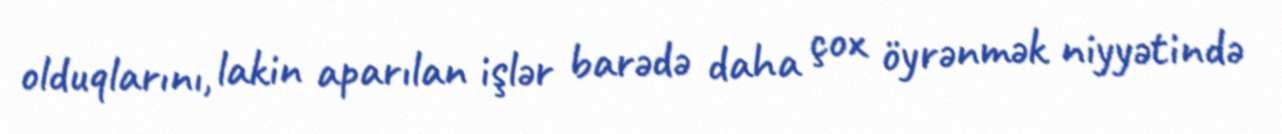
olduqlarını, lakin aparılan işlər barədə daha çox öyrənmək niyyətində